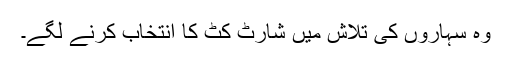
وہ سہاروں کی تلاش میں شارٹ کٹ کا انتخاب کرنے لگے۔